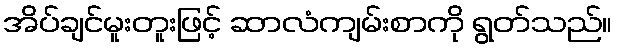
အိပ်ချင်မူးတူးဖြင့် ဆာလံကျမ်းစာကို ရွတ်သည်။